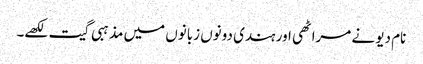
نام دیو نے مراٹھی اور ہندی دونوں زبانوں میں مذہبی گیت لکھے۔